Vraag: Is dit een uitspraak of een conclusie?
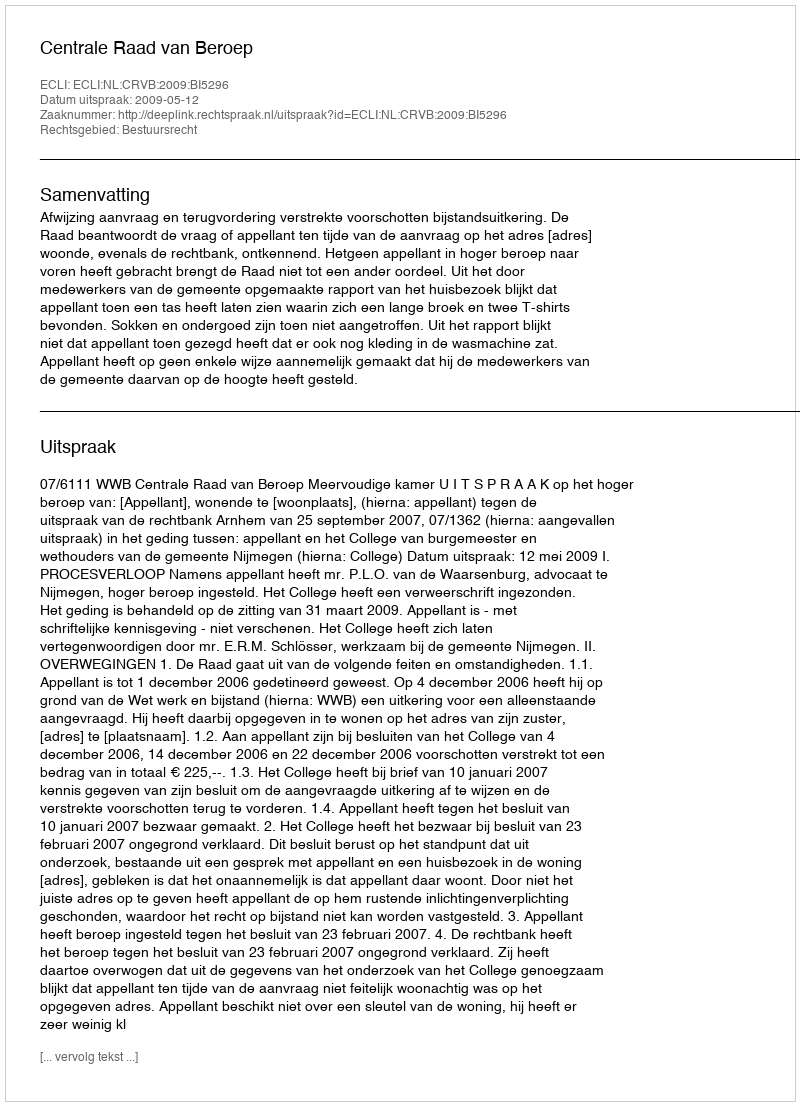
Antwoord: Uitspraak